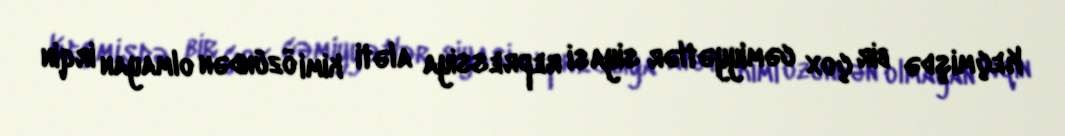
Keçmişdə bir çox cəmiyyətlər siyasi repressiya aləti kimi özündən olmayan irqin